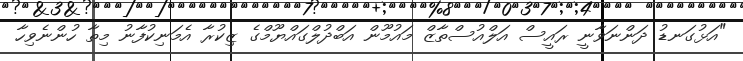
"އަޅުގަނޑު ދަންނަވާނީ ރައީސް އަލްއުސްތާޒް މައުމޫން އަބްދުލްގައްޔޫމްގެ ޒިކުރާ އެމަނިކުފާނު މިތާ ހުންނެވިހާ